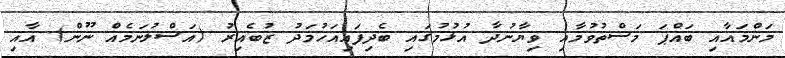
މަންމައާއި ބައްޕަ މަސްތުވުމާއި ވިޔާނުދާ އުޅުމުގައި ބެދިފައިއަހުމަދު ޒުބެއިރު (އަސްލުނަމެއް ނޫން) އާއި